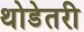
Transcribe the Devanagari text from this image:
थोडेतरी